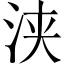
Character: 浃